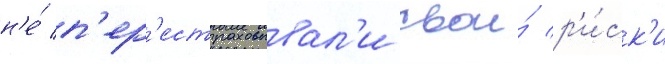
н'е́ п'ер'естраховывал'и свои́ р'и́ск'и